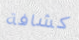
كشافة